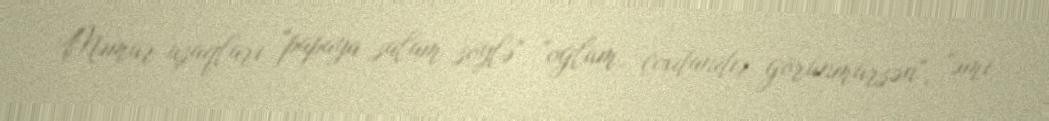
Məmur uşaqları "papaya salam söylə", "oğlum, çoxdandır görünmürsən", "əmi